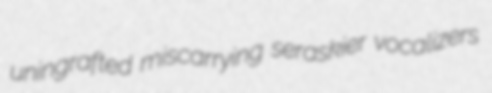
uningrafted miscarrying seraskier vocalizers